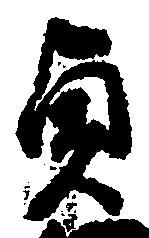
貞